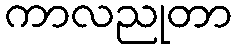
ကာလညုတာ